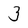
Character: 3